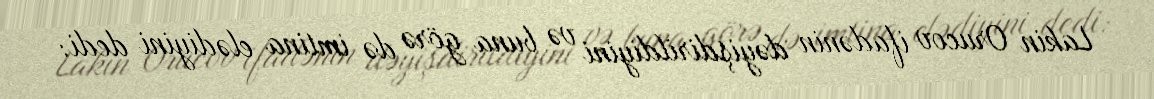
Lakin Orucov ifadənin dəyişdirildiyini və buna görə də imtina elədiyini dedi: